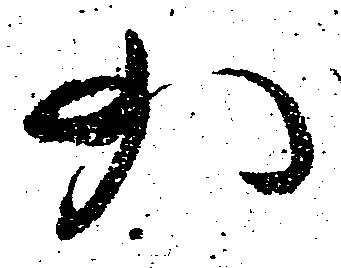
少